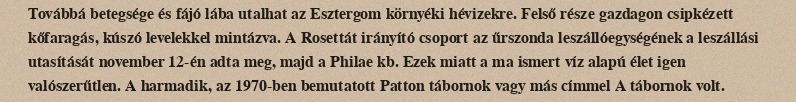
Továbbá betegsége és fájó lába utalhat az Esztergom környéki hévizekre. Felső része gazdagon csipkézett kőfaragás, kúszó levelekkel mintázva. A Rosettát irányító csoport az űrszonda leszállóegységének a leszállási utasítását november 12-én adta meg, majd a Philae kb. Ezek miatt a ma ismert víz alapú élet igen valószerűtlen. A harmadik, az 1970-ben bemutatott Patton tábornok vagy más címmel A tábornok volt.